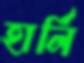
হার্লি